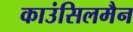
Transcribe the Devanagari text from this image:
काउंसिलमैन